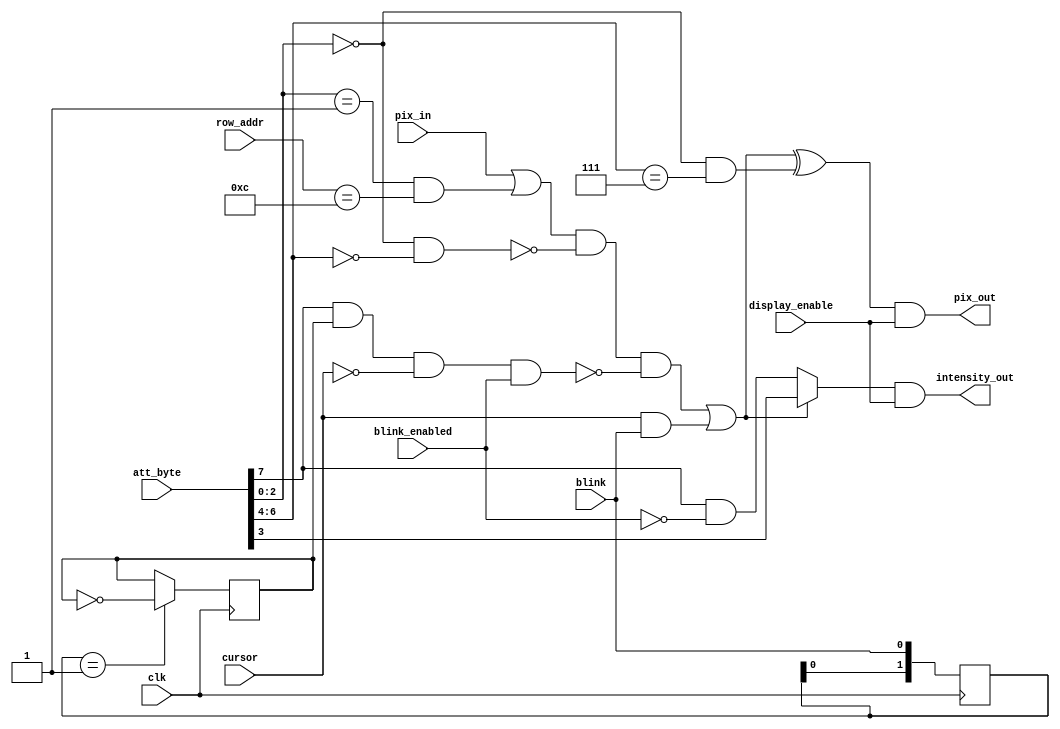
// Graphics Gremlin
//
// Copyright (c) 2021 Eric Schlaepfer
// This work is licensed under the Creative Commons Attribution-ShareAlike 4.0
// International License. To view a copy of this license, visit
// http://creativecommons.org/licenses/by-sa/4.0/ or send a letter to Creative
// Commons, PO Box 1866, Mountain View, CA 94042, USA.
//
//`default_nettype none
module mda_attrib(
    input clk,
    input[7:0] att_byte,
    input[4:0] row_addr,
    input display_enable,
    input blink_enabled,
    input blink,
    input cursor,
    input pix_in,
    output pix_out,
    output intensity_out
    );

    reg blinkdiv;
    reg[1:0] blink_old;
    wire att_inverse;
    wire att_underline;
    wire att_blink;
    wire att_nodisp;
    wire[2:0] att_fg;
    wire[2:0] att_bg;
    wire cursorblink;
    wire blink_area;
    wire vid_underline;
    wire intensity_bg;
    wire intensity_fg;
    wire alpha_dots;

    // Extract attributes from the attribute byte
    assign att_fg = att_byte[2:0];
    assign att_bg = att_byte[6:4];
    assign att_underline = (att_fg == 3'b001) & (row_addr==5'd12);
    assign intensity_bg = att_byte[7] & ~blink_enabled;
    assign intensity_fg = att_byte[3];
    assign att_inverse = (att_fg == 3'b000) & (att_bg == 3'b111);
    assign att_nodisp = (att_fg == 3'b000) & (att_bg == 3'b000);
    assign att_blink = att_byte[7];

    // Character blink is half the rate of the cursor blink
    always @ (posedge clk)
    begin
        blink_old <= {blink_old[0], blink};
        if (blink_old == 2'b01) begin
            blinkdiv <= ~blinkdiv;
        end
    end

    // Assemble all the signals to create the final video signal
    assign cursorblink = cursor & blink;
    assign blink_area = att_blink & blinkdiv & ~cursor & blink_enabled;
    assign vid_underline = (pix_in | att_underline);
    assign alpha_dots = (vid_underline & ~att_nodisp & ~blink_area) | cursorblink;
    assign pix_out = (alpha_dots ^ att_inverse) & display_enable;

    // Assign intensity signal
    assign intensity_out = (alpha_dots ? intensity_fg : intensity_bg) & display_enable;


endmodule